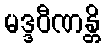
မဒ္ဒဝီဏန္တိ